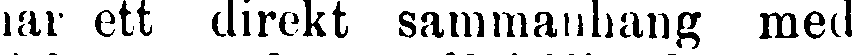
har ett direkt sammanhang med